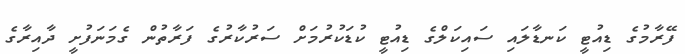
ފޭރާމުގެ ޑިއުޓީ ކަނޑާލައި ސައިކަލްގެ ޑިއުޓީ ކުޑަކުރުމަށް ސަރުކާރުގެ ފަރާތުން ގެމަނަފުށީ ދާއިރާގެ